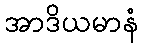
အာဒိယမာနံ